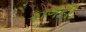
કાગદી